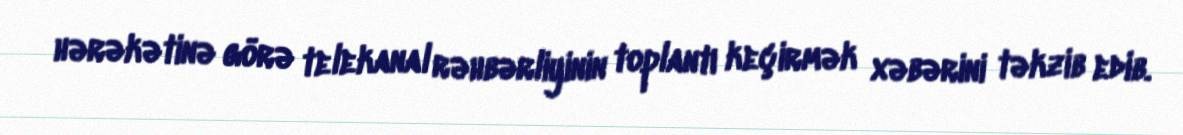
hərəkətinə görə telekanal rəhbərliyinin toplantı keçirmək xəbərini təkzib edib.